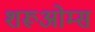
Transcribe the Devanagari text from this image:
शरूओम्स